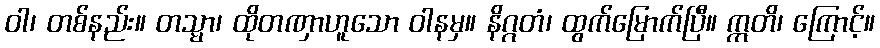
ဝါ၊ တစ်နည်း။ တသ္မာ၊ ထိုတဏှာဟူသော ဝါနမှ။ နိဂ္ဂတံ၊ ထွက်မြောက်ပြီ။ ဣတိ၊ ကြောင့်။